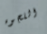
اللجوء